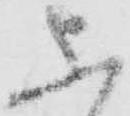
上